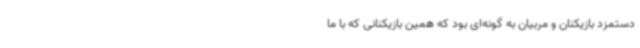
دستمزد بازیکنان و مربیان به گونه‌ای بود که همین بازیکنانی که با ما